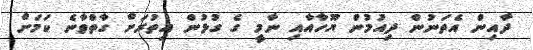
ދާއިން އެތަނުން ދިއުމުން ޔޫހާއާއި ނާމީ ގެ ގުޅުން އިތުރަށް ގާތްވާނެ ކަމަށް